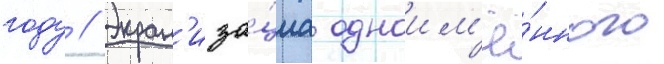
году // Экран'иза́циа одноим'ё́нного